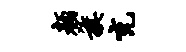
颜旗充